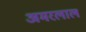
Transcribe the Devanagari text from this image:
अमरलाल